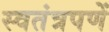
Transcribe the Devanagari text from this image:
स्वतंत्रपणें